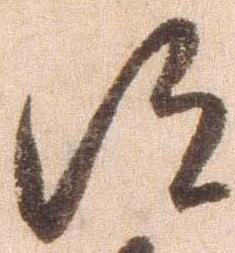
得